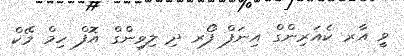
ވީ އާރ ކެއަރިންގް އިނަފް ފޯރ ދި ލިވިންގް އޮފް ހިމް މޭކް